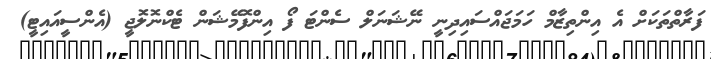
ފަރާތްތަކަށް އެ އިންތިޒާމް ހަމަޖައްސައިދިނީ ނޭޝަނަލް ސެންޓަ ފޯ އިންފޮމޭޝަން ޓެކްނޮލޮޖީ (އެންސީއައިޓީ)